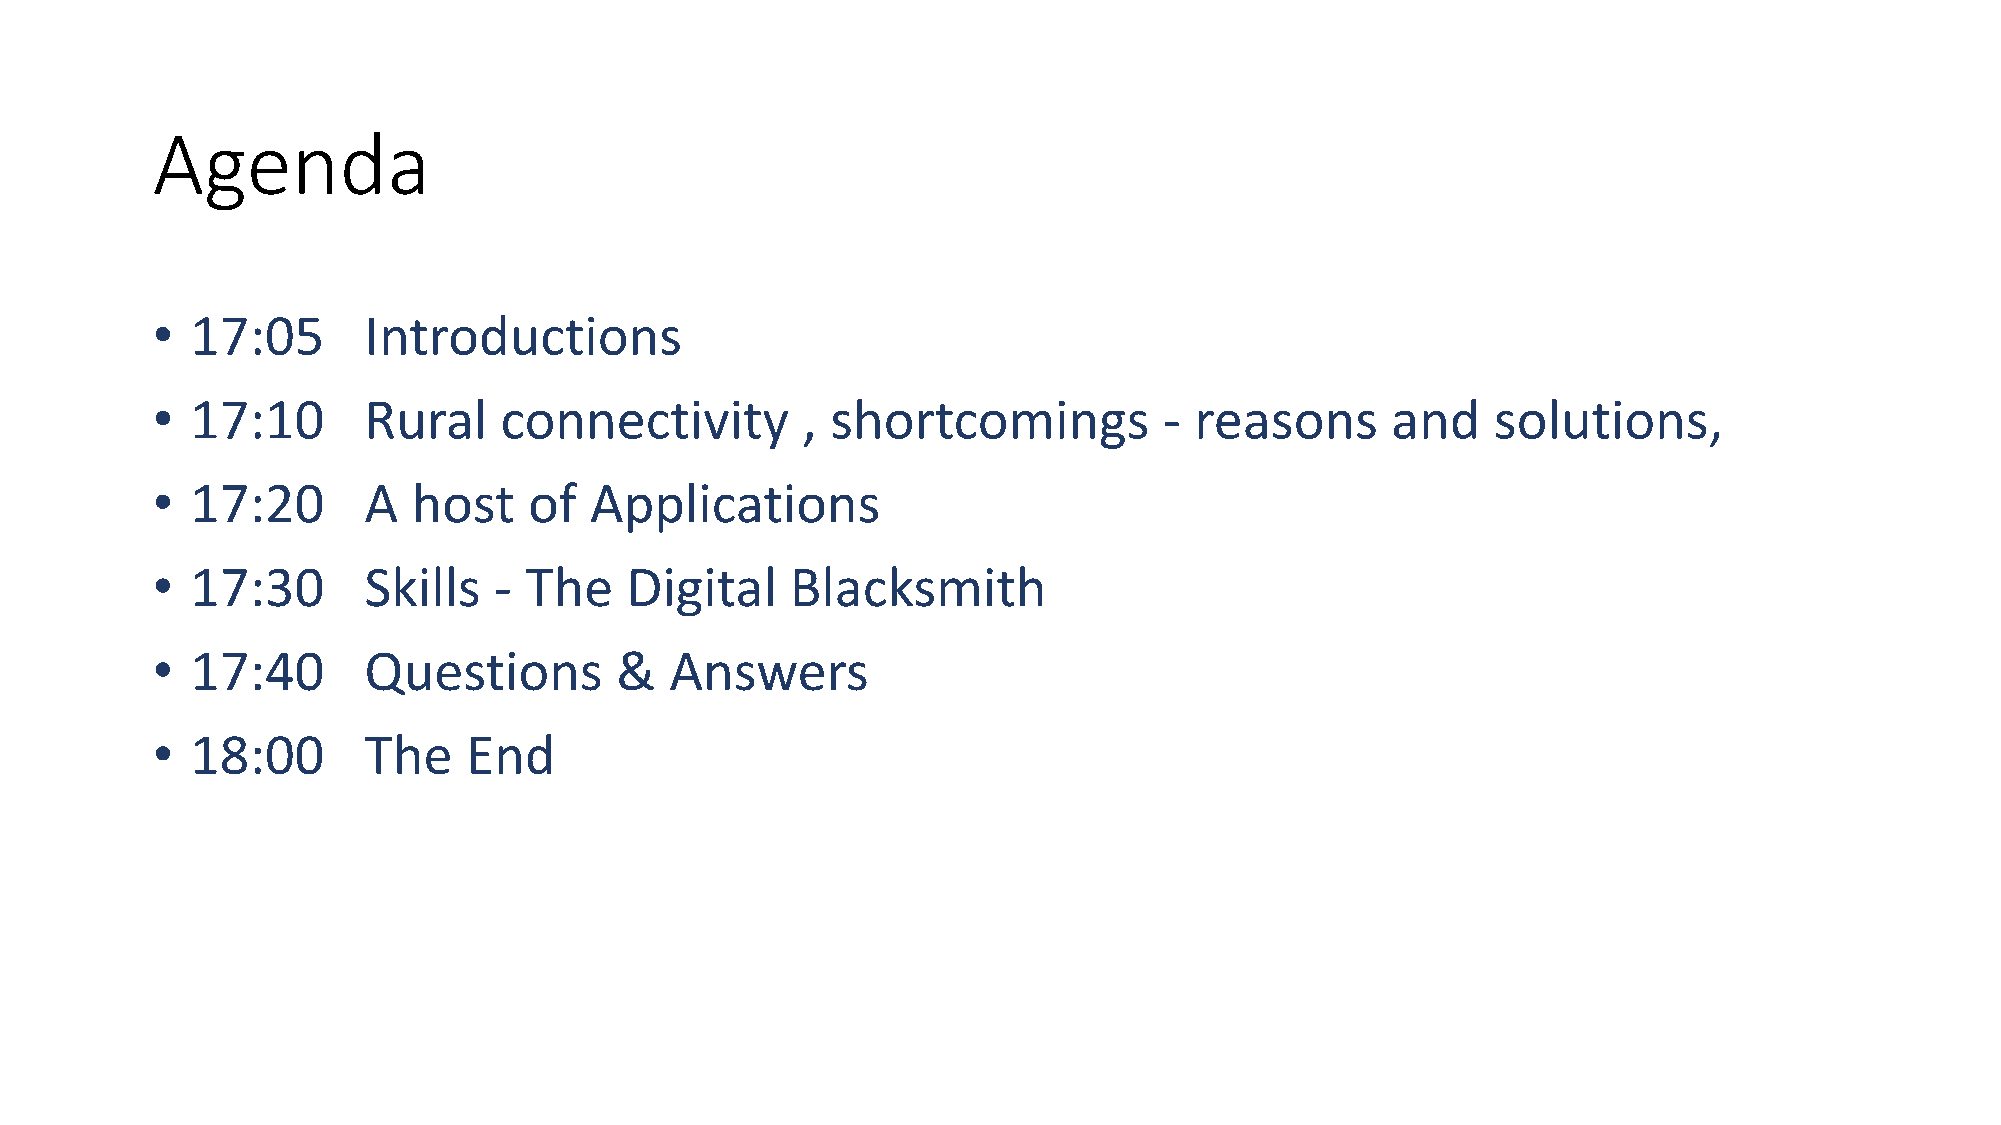
Agenda
 •  17:05      Introductions
 •  17:10      Rural    connectivity        , shortcomings          - reasons      and    solutions,
 •  17:20      A  host    of  Applications
 •  17:30      Skills   - The   Digital    Blacksmith
 •  17:40      Questions        &  Answers
 •  18:00      The    End